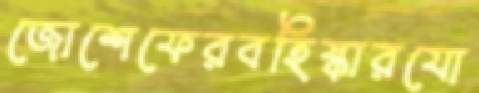
জোশেফেরবহিষ্কারযো